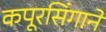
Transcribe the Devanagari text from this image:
कपूरसिंगाने